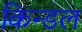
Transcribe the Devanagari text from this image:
किन्डल